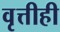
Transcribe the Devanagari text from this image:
वृत्तीही